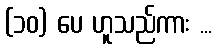
(၁၀) ပေ ဟူသည်ကား ...